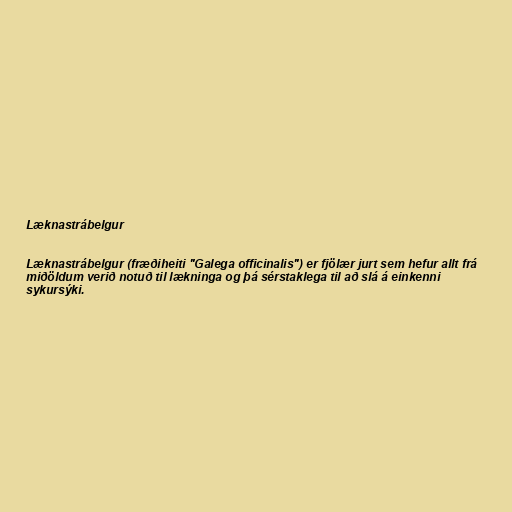
Læknastrábelgur

Læknastrábelgur (fræðiheiti "Galega officinalis") er fjölær jurt sem hefur allt frá
miðöldum verið notuð til lækninga og þá sérstaklega til að slá á einkenni
sykursýki.